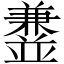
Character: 𫡁